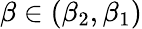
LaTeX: \beta\in(\beta_{2},\beta_{1})